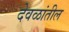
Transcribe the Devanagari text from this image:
देवळांतील